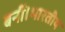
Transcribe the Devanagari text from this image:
बनीं।भारतीय